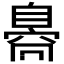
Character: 𦤝